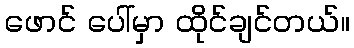
ဖောင် ပေါ်မှာ ထိုင်ချင်တယ်။